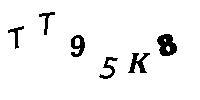
TT95K8